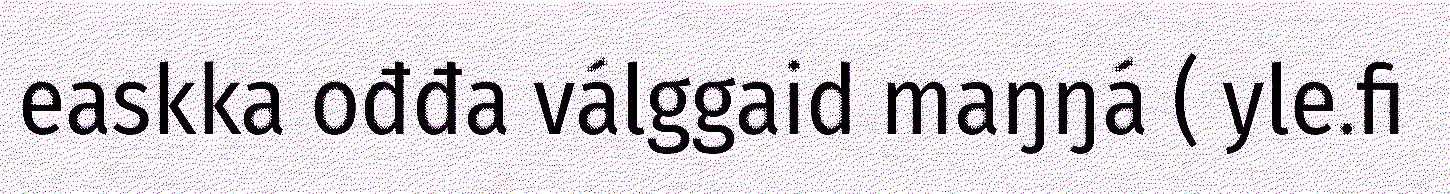
easkka ođđa válggaid maŋŋá ( yle.fi